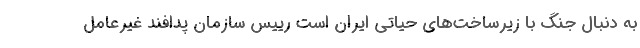
به دنبال جنگ با زیرساخت‌های حیاتی ایران است رییس سازمان پدافند غیرعامل